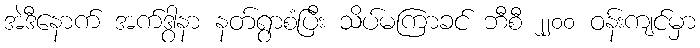
အဲဒီနောက် အက်ဒွာနာ နတ်ရွာစံပြီး သိပ်မကြာခင် ဘီစီ ၂၂၀၀ ဝန်းကျင်မှာ